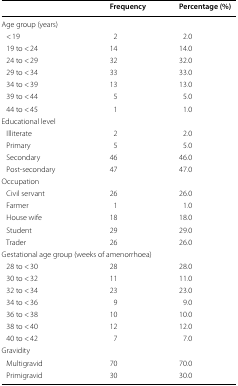
|  | Frequency | Percentage (%) |
 | --- | --- | --- |
 | <COLSPAN=3> Age group (years) |
 | < 19 | 2 | 2.0 |
 | 19 to < 24 | 14 | 14.0 |
 | 24 to < 29 | 32 | 32.0 |
 | 29 to < 34 | 33 | 33.0 |
 | 34 to < 39 | 13 | 13.0 |
 | 39 to < 44 | 5 | 5.0 |
 | 44 to < 45 | 1 | 1.0 |
 | <COLSPAN=3> Educational level |
 | Illiterate | 2 | 2.0 |
 | Primary | 5 | 5.0 |
 | Secondary | 46 | 46.0 |
 | Post-secondary | 47 | 47.0 |
 | <COLSPAN=3> Occupation |
 | Civil servant | 26 | 26.0 |
 | Farmer | 1 | 1.0 |
 | House wife | 18 | 18.0 |
 | Student | 29 | 29.0 |
 | Trader | 26 | 26.0 |
 | <COLSPAN=3> Gestational age group (weeks of amenorrhoea) |
 | 28 to < 30 | 28 | 28.0 |
 | 30 to < 32 | 11 | 11.0 |
 | 32 to < 34 | 23 | 23.0 |
 | 34 to < 36 | 9 | 9.0 |
 | 36 to < 38 | 10 | 10.0 |
 | 38 to < 40 | 12 | 12.0 |
 | 40 to < 42 | 7 | 7.0 |
 | <COLSPAN=3> Gravidity |
 | Multigravid | 70 | 70.0 |
 | Primigravid | 30 | 30.0 |